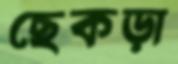
ছেকড়া